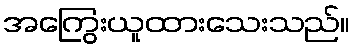
အကြွေးယူထားသေးသည်။